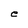
Character: e